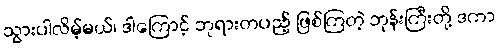
သွားပါလိမ့်မယ်၊ ဒါကြောင့် ဘုရားတပည့် ဖြစ်ကြတဲ့ ဘုန်းကြီးတို့ ဒကာ